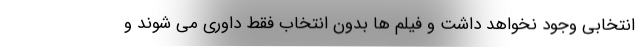
انتخابی وجود نخواهد داشت و فیلم ها بدون انتخاب فقط داوری می شوند و